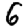
Digit: 6